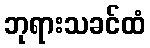
ဘုရားသခင်ထံ